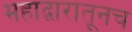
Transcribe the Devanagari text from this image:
महाद्वारातूनच